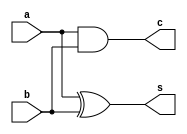
`timescale 1ns / 1ps
//////////////////////////////////////////////////////////////////////////////////
// Company: 
// Engineer: 
// 
// Design Name: 
// Module Name: halfadder
// Project Name: 
// Target Devices: 
// Tool Versions: 
// Description: 
// 
// Dependencies: 
// 
// Revision:
// Revision 0.01 - File Created
// Additional Comments:
// 
//////////////////////////////////////////////////////////////////////////////////


module halfadder(output reg s,c,input a,b);
    always @ * //using behavioral model 
    begin 
    s=a^b;//xor operation
    c=a&b;//and operation
    end
    
endmodule